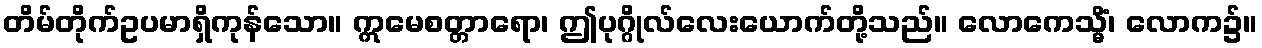
တိမ်တိုက်ဥပမာရှိကုန်သော။ ဣမေစတ္တာရော၊ ဤပုဂ္ဂိုလ်လေးယောက်တို့သည်။ လောကေသ္မိံ၊ လောက၌။